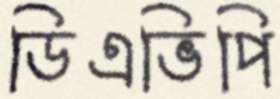
ডিএভিপি